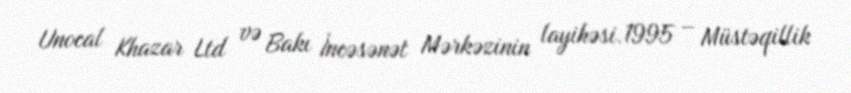
Unocal Khazar Ltd və Bakı İncəsənət Mərkəzinin layihəsi.1995 – Müstəqillik